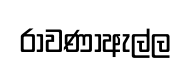
රාවණාඇල්ල